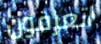
اتعرفون